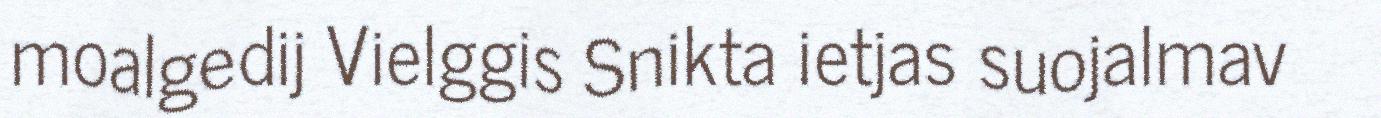
moalgedij Vielggis Snikta ietjas suojalmav